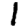
Digit: 1